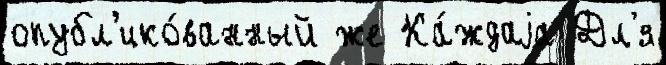
опубл'ико́ванный же Ка́ждаjа Дл'я